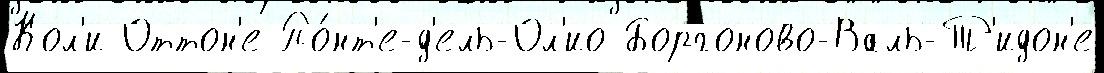
Кол'и Оттон'е По́нт'е-д'ель-Ол'ио Боргоново-Валь-Т'идон'е